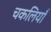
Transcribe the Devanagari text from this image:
चकलियाँ